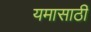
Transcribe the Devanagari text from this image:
यमासाठी